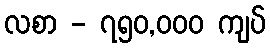
လစာ - ၇၅၀,၀၀၀ ကျပ်